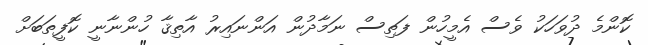
ކޮންމެ ދުވަހަކު ވެސް އެމީހުން ފަތިސް ނަމާދުން އަންނައިރު އާތިޤާ ހުންނާނީ ކޮފީތަބަށް